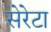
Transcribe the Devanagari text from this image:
सेरेटा